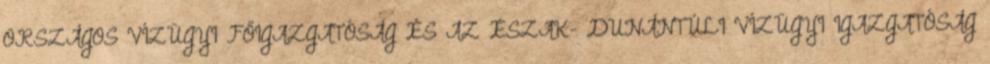
ORSZÁGOS VÍZÜGYI FŐIGAZGATÓSÁG ÉS AZ ÉSZAK- DUNÁNTÚLI VÍZÜGYI IGAZGATÓSÁG